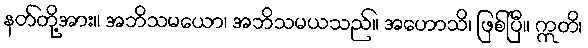
နတ်တို့အား။ အဘိသမယော၊ အဘိသမယသည်။ အဟောသိ၊ ဖြစ်ပြီ။ ဣတိ၊